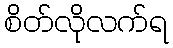
စိတ်လိုလက်ရ